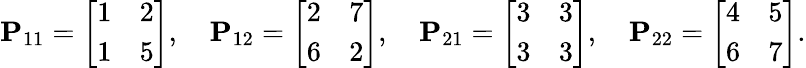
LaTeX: \mathbf{P}_{11}={\left[\begin{array}{ll}{1}&{2}\\ {1}&{5}\end{array}\right]},\quad\mathbf{P}_{12}={\left[\begin{array}{ll}{2}&{7}\\ {6}&{2}\end{array}\right]},\quad\mathbf{P}_{21}={\left[\begin{array}{ll}{3}&{3}\\ {3}&{3}\end{array}\right]},\quad\mathbf{P}_{22}={\left[\begin{array}{ll}{4}&{5}\\ {6}&{7}\end{array}\right]}.